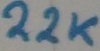
Text: 22K